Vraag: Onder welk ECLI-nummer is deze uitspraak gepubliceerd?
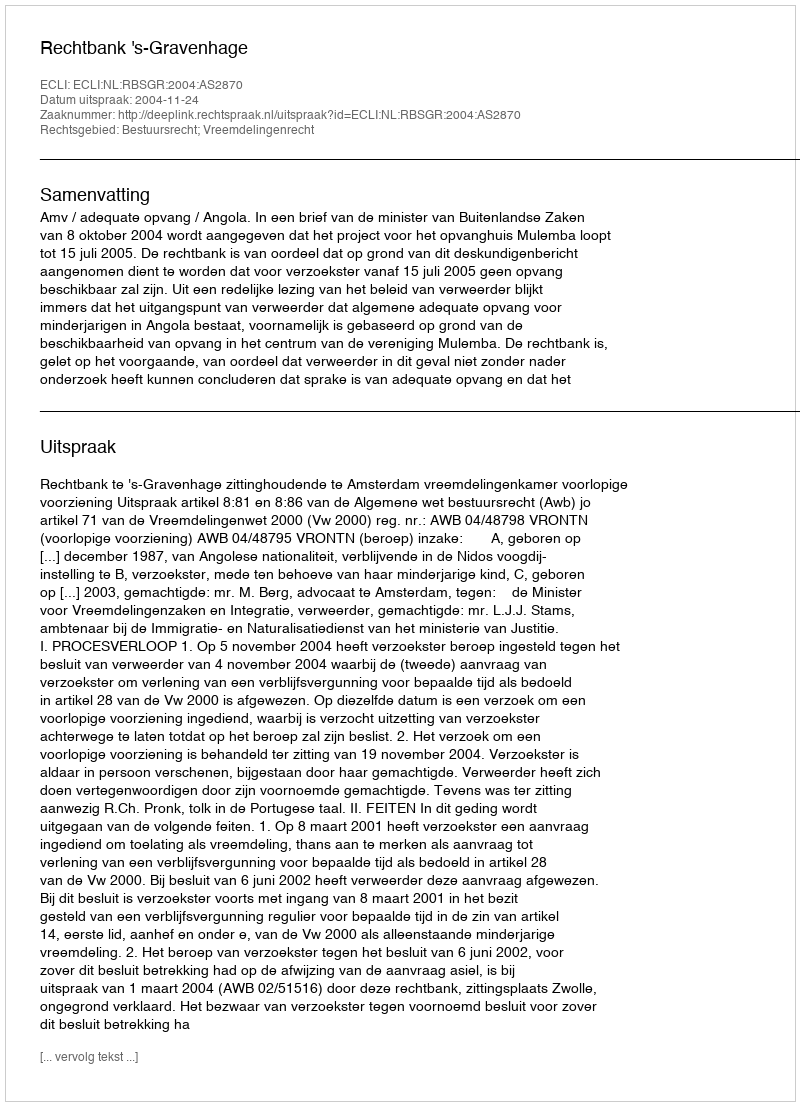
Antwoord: ECLI:NL:RBSGR:2004:AS2870